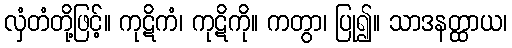
လှံတံတို့ဖြင့်။ ကုဋိကံ၊ ကုဋိကို။ ကတွာ၊ ပြု၍။ သာဒနတ္ထာယ၊